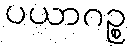
ပယာဂဉ္စ